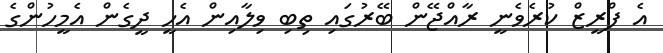
އެ ފްރީޒް ކުރެވެނީ ރާއްޖޭން ބޭރުގައި ތިބި ވިލާއިން އެހީ ދީގެން އެމީހުންގެ